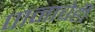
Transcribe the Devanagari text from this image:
पानाचेही